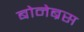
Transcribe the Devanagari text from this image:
बोनेब्रस